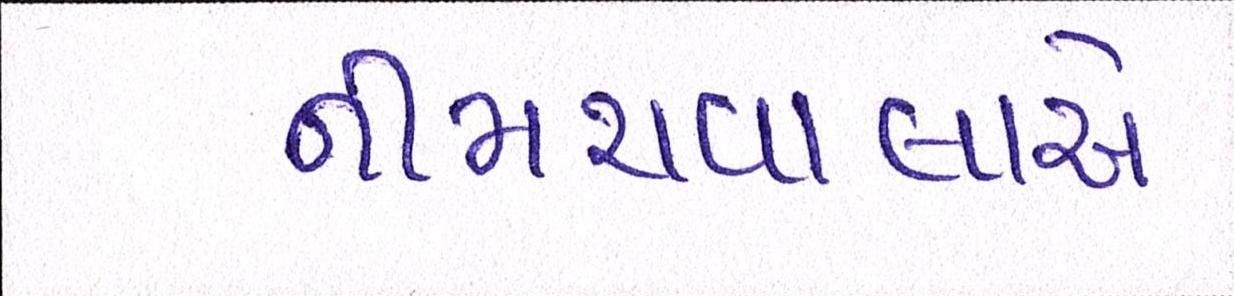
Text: નીમચવાલાએ